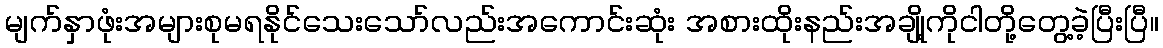
မျက်နှာဖုံးအများစုမရနိုင်သေးသော်လည်းအကောင်းဆုံး အစားထိုးနည်းအချို့ကိုငါတို့တွေ့ခဲ့ပြီးပြီ။